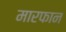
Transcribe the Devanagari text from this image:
मारफान